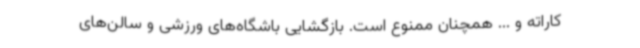
کاراته و ... همچنان ممنوع است. بازگشایی باشگاه‌های ورزشی و سالن‌های